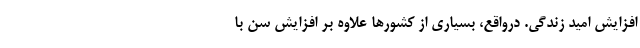
افزایش امید زندگی. درواقع، بسیاری از کشورها علاوه بر افزایش سن با